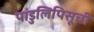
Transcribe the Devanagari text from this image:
पांडुलिपिसूची